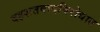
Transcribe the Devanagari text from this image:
दहशतवादविरोधात